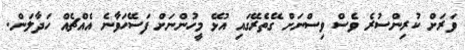
ވަރަށް ކުރިންސުރެ ވެސް ވިސްނަށް ގޭތެރޭގައި އުޅޭ މީހުންނަށް ފަސޭހަވާނެ އެއްޗެއް ހަދާލަން.